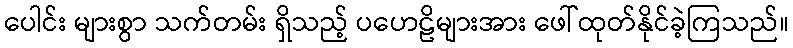
ပေါင်း များစွာ သက်တမ်း ရှိသည့် ပဟေဠိများအား ဖေါ်ထုတ်နိုင်ခဲ့ကြသည်။